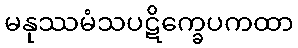
မနုဿမံသပဋိက္ခေပကထာ